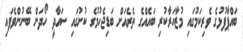
ބައްޕާފުޅުގެ ވެރިކަމުގައި މުޒާހަރާކުރި ބައެއްގެ ތެރެއަށް ބަޑިޖެހުމުގެ ކުށުގައި ސައާދީ ހޯދަން ބޭނުންވެފައި